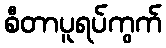
စီတာပူရပ်ကွက်